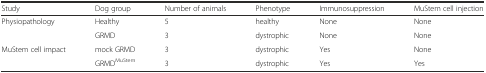
<table><thead><tr><td><b>Study</b></td><td><b>Dog group</b></td><td><b>Number of animals</b></td><td><b>Phenotype</b></td><td><b>Immunosuppression</b></td><td><b>MuStem cell injection</b></td></tr></thead><tbody><tr><td rowspan="2">Physiopathology</td><td>Healthy</td><td>5</td><td>healthy</td><td>None</td><td>None</td></tr><tr><td>GRMD</td><td>3</td><td>dystrophic</td><td>None</td><td>None</td></tr><tr><td rowspan="2">MuStem cell impact</td><td>mock GRMD</td><td>3</td><td>dystrophic</td><td>Yes</td><td>None</td></tr><tr><td>GRMD<sup>MuStem</sup></td><td>3</td><td>dystrophic</td><td>Yes</td><td>Yes</td></tr></tbody></table>